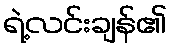
ရဲ့လင်းချန်၏